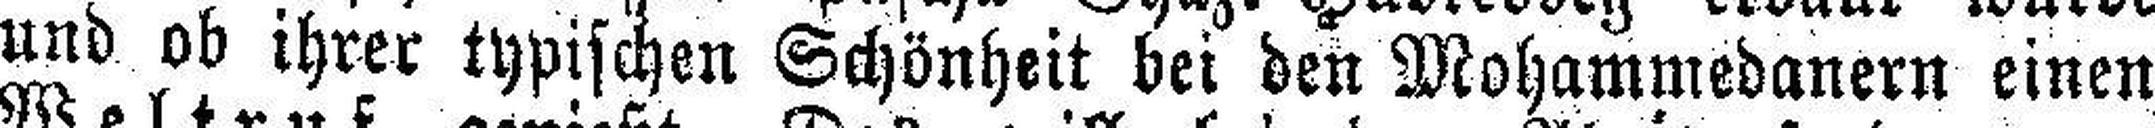
und ob ihrer typischen Schönheit bei den Mohammedanern einen